system: You are a helpful assistant.
user:
Analyze the provided spectrum to determine if it is a **"Cataclysmic Variables (CV)"**.

- **Key Indicators for CV (Check for either state):**
    - **State 1: Quiescent / Low-State (Emission-Dominated)**
        - **(Primary):** Strong and *very broad* Hydrogen Balmer emission lines (e.g., $H\alpha$ at 6563 Å, $H\beta$ at 4861 Å). The 'broadness' (high velocity dispersion, often FWHM > 1000 km/s) is the key diagnostic, indicating a high-velocity accretion disk.
        - **(Secondary):** Broad neutral Helium (He I) emission lines (e.g., 5876 Å, 6678 Å).
        - **(Key Confirmation):** Presence of high-excitation *ionized* Helium (He II) emission at 4686 Å. This is a strong indicator of accretion onto a white dwarf.
        - **(Line Profile):** Emission lines may exhibit a 'double-peaked' profile, which is a classic signature of a rotating accretion disk viewed at high inclination.

    - **State 2: Outburst / High-State (Absorption-Dominated)**
        - **(Primary):** Spectrum is dominated by a bright, blue continuum (looks like a hot star).
        - **(Secondary):** The emission lines from State 1 are weak, absent, or 'filled in', and are replaced by broad, shallow *absorption* lines (primarily Balmer and He I).
        - **(Morphology):** The overall spectrum mimics a hot B/A-type star. The crucial difference is that the absorption lines are significantly broader, shallower, and more 'washed-out' (or 'smeared') than the sharp lines of a normal stellar photosphere, due to high rotational speeds and pressure broadening in the disk.

Think first, call **spectral_visualization_tool** if needed to examine features in detail, then provide your final answer. Your response must adhere to the following strict rules:
1.  **Overall Structure:** Your response must follow the format `<think>...</think> <tool_call>...</tool_call> (if a tool is used) <answer>...</answer>`.
2.  **Tool Usage Constraint:** You may only make **one** tool call per turn.
3.  **Final Answer Format:** In the `<answer>` tag, your conclusion must be inside a `\boxed{}` command (e.g., `\boxed{YES}`), followed by your justification.

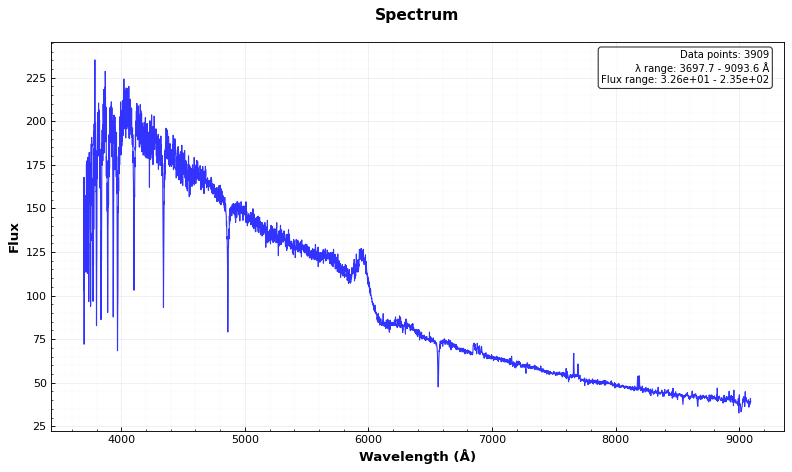
Answer: NO